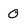
Character: 0